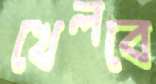
খেলবে